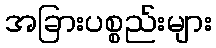
အခြားပစ္စည်းများ